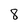
Character: 8